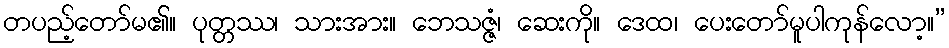
တပည့်တော်မ၏။ ပုတ္တဿ၊ သားအား။ ဘေသဇ္ဇံ၊ ဆေးကို။ ဒေထ၊ ပေးတော်မူပါကုန်လော့။”